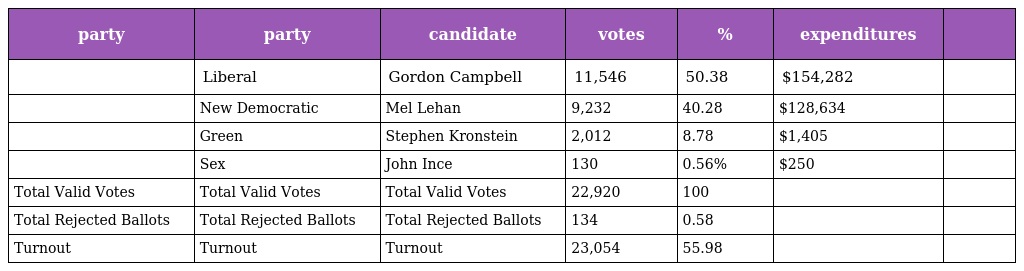
| party | party | candidate | votes | % | expenditures |  |
 | --- | --- | --- | --- | --- | --- | --- |
 |  | Liberal | Gordon Campbell | 11,546 | 50.38 | $154,282 |  |
 |  | New Democratic | Mel Lehan | 9,232 | 40.28 | $128,634 |  |
 |  | Green | Stephen Kronstein | 2,012 | 8.78 | $1,405 |  |
 |  | Sex | John Ince | 130 | 0.56% | $250 |  |
 | Total Valid Votes | Total Valid Votes | Total Valid Votes | 22,920 | 100 |  |  |
 | Total Rejected Ballots | Total Rejected Ballots | Total Rejected Ballots | 134 | 0.58 |  |  |
 | Turnout | Turnout | Turnout | 23,054 | 55.98 |  |  |